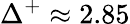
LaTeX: \Delta^{+}\approx 2.85